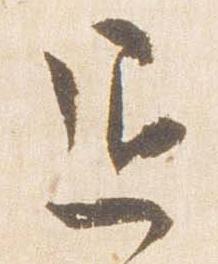
退